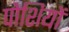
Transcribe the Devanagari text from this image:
पोशियों